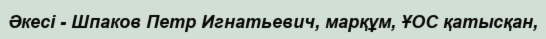
Әкесі - Шпаков Петр Игнатьевич, марқұм, ҰОС қатысқан,